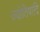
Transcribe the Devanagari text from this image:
ज्योतिषादि